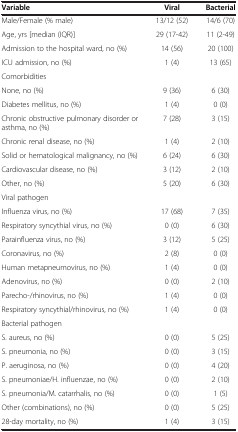
<table><thead><tr><td><b>Variable</b></td><td><b>Viral</b></td><td><b>Bacterial</b></td></tr></thead><tbody><tr><td>Male/Female (% male)</td><td>13/12 (52)</td><td>14/6 (70)</td></tr><tr><td>Age, yrs [median (IQR)]</td><td>29 (17-42)</td><td>11 (2-49)</td></tr><tr><td>Admission to the hospital ward, no (%)</td><td>14 (56)</td><td>20 (100)</td></tr><tr><td>ICU admission, no (%)</td><td>1 (4)</td><td>13 (65)</td></tr><tr><td>Comorbidities</td><td></td><td></td></tr><tr><td>None, no (%)</td><td>9 (36)</td><td>6 (30)</td></tr><tr><td>Diabetes mellitus, no (%)</td><td>1 (4)</td><td>0 (0)</td></tr><tr><td>Chronic obstructive pulmonary disorder or asthma, no (%)</td><td>7 (28)</td><td>3 (15)</td></tr><tr><td>Chronic renal disease, no (%)</td><td>1 (4)</td><td>2 (10)</td></tr><tr><td>Solid or hematological malignancy, no (%)</td><td>6 (24)</td><td>6 (30)</td></tr><tr><td>Cardiovascular disease, no (%)</td><td>3 (12)</td><td>2 (10)</td></tr><tr><td>Other, no (%)</td><td>5 (20)</td><td>6 (30)</td></tr><tr><td>Viral pathogen</td><td></td><td></td></tr><tr><td>Influenza virus, no (%)</td><td>17 (68)</td><td>7 (35)</td></tr><tr><td>Respiratory syncythial virus, no (%)</td><td>0 (0)</td><td>6 (30)</td></tr><tr><td>Parainfluenza virus, no (%)</td><td>3 (12)</td><td>5 (25)</td></tr><tr><td>Coronavirus, no (%)</td><td>2 (8)</td><td>0 (0)</td></tr><tr><td>Human metapneumovirus, no (%)</td><td>1 (4)</td><td>0 (0)</td></tr><tr><td>Adenovirus, no (%)</td><td>0 (0)</td><td>2 (10)</td></tr><tr><td>Parecho-/rhinovirus, no (%)</td><td>1 (4)</td><td>0 (0)</td></tr><tr><td>Respiratory syncythial/rhinovirus, no (%)</td><td>1 (4)</td><td>0 (0)</td></tr><tr><td>Bacterial pathogen</td><td></td><td></td></tr><tr><td>S. aureus, no (%)</td><td>0 (0)</td><td>5 (25)</td></tr><tr><td>S. pneumonia, no (%)</td><td>0 (0)</td><td>3 (15)</td></tr><tr><td>P. aeruginosa, no (%)</td><td>0 (0)</td><td>4 (20)</td></tr><tr><td>S. pneumoniae/H. influenzae, no (%)</td><td>0 (0)</td><td>2 (10)</td></tr><tr><td>S. pneumonia/M. catarrhalis, no (%)</td><td>0 (0)</td><td>1 (5)</td></tr><tr><td>Other (combinations), no (%)</td><td>0 (0)</td><td>5 (25)</td></tr><tr><td>28-day mortality, no (%)</td><td>1 (4)</td><td>3 (15)</td></tr></tbody></table>